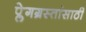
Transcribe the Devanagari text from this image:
प्लेगग्रस्तांसाठी